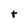
Character: t